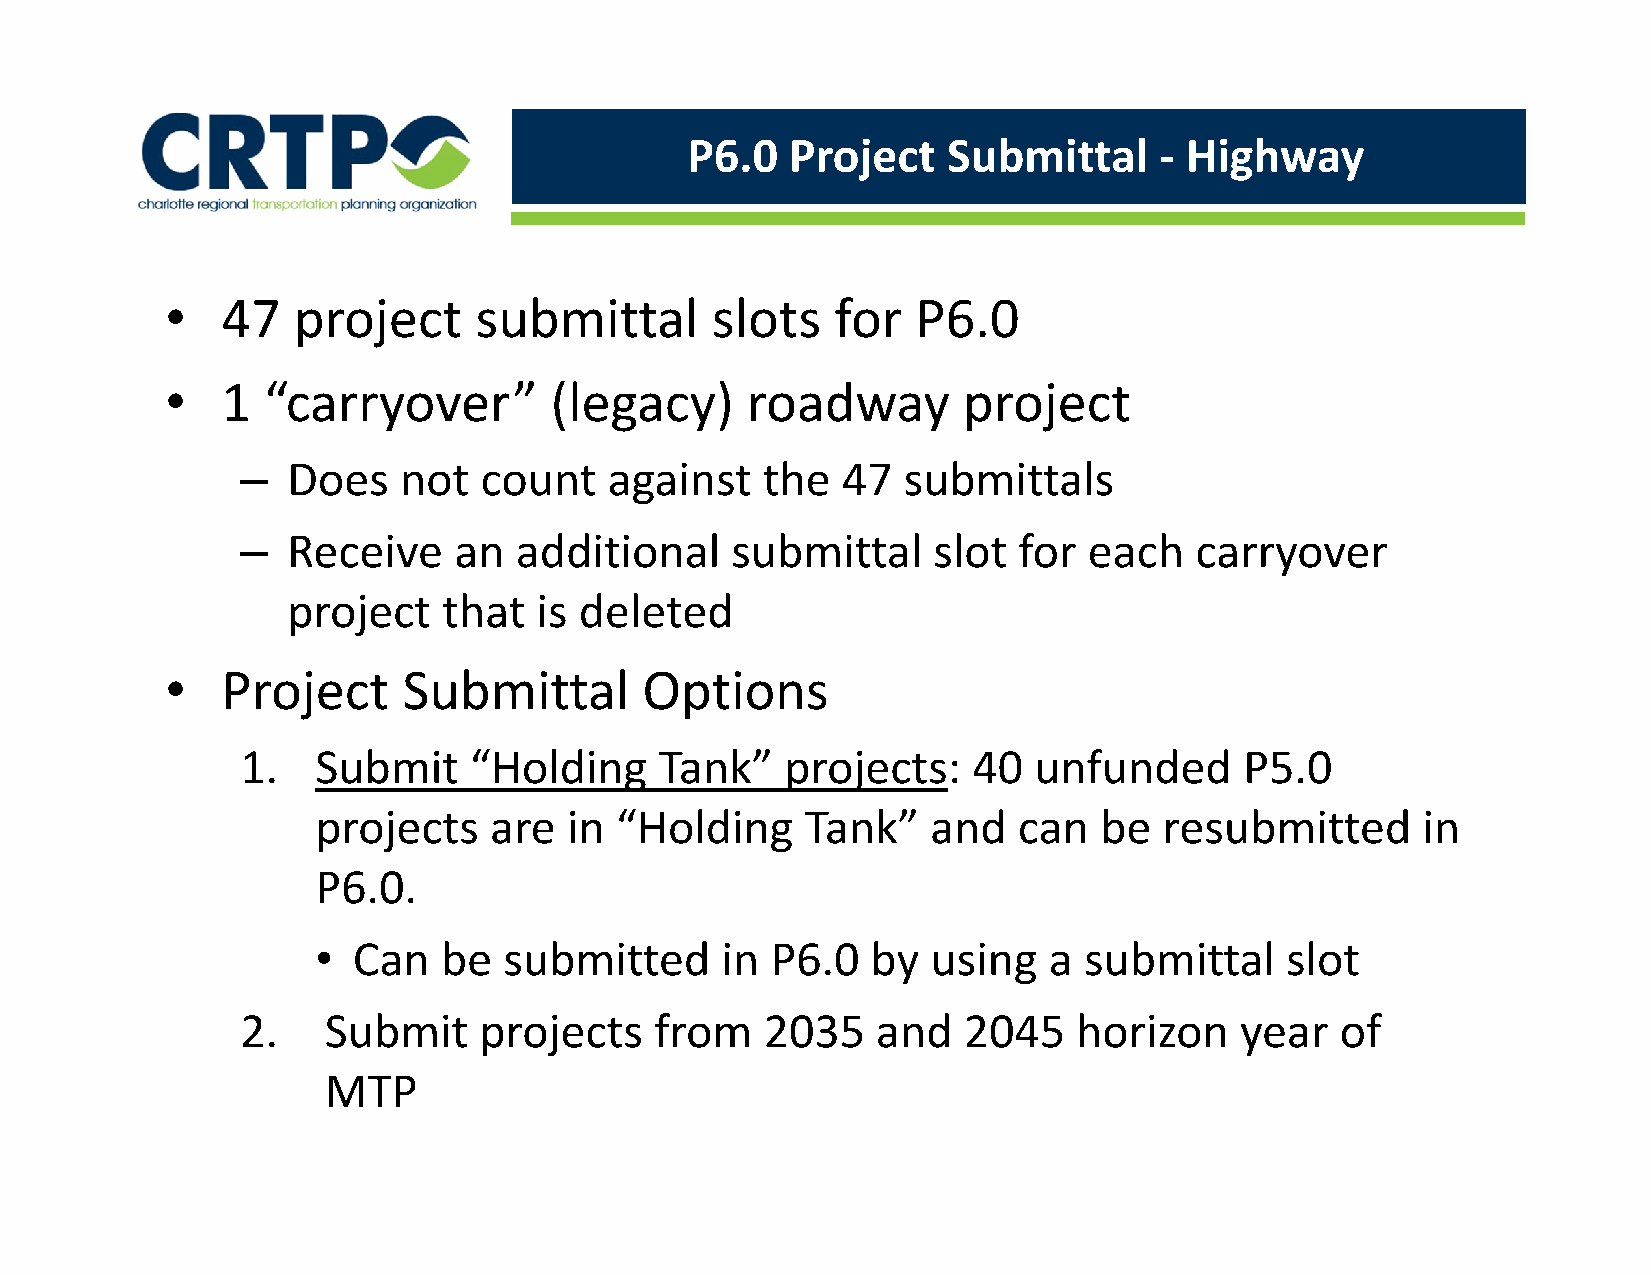
P6.0   Project    Submittal     ‐ Highway
 •   47  project     submittal       slots   for   P6.0
 •   1 “carryover”        (legacy)     roadway        project
 –  Does   not   count   against   the   47  submittals
 –  Receive    an  additional    submittal     slot for  each   carryover
 project   that  is deleted
 •   Project     Submittal       Options
 1.   Submit    “Holding     Tank”   projects:   40  unfunded      P5.0
 projects   are   in “Holding    Tank”    and  can   be  resubmitted      in
 P6.0.
 • Can   be  submitted      in P6.0   by  using  a  submittal    slot
 2.   Submit     projects   from    2035   and   2045   horizon    year   of
 MTP